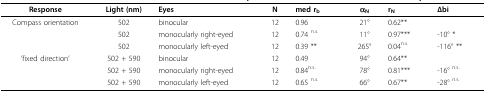
<table><thead><tr><td><b>Response</b></td><td><b>Light (nm)</b></td><td><b>Eyes</b></td><td><b>N</b></td><td><b>med r<sub>b</sub></b></td><td><b>α<sub>N</sub></b></td><td><b>r<sub>N</sub></b></td><td><b>Δbi</b></td></tr></thead><tbody><tr><td>Compass orientation</td><td>502</td><td>binocular</td><td>12</td><td>0.96</td><td>21°</td><td>0.62**</td><td></td></tr><tr><td></td><td>502</td><td>monocularly right-eyed</td><td>12</td><td>0.74 <sup>n.s.</sup></td><td>11°</td><td>0.97***</td><td>-10° *</td></tr><tr><td></td><td>502</td><td>monocularly left-eyed</td><td>12</td><td>0.39 **</td><td>265°</td><td>0.04<sup>n.s.</sup></td><td>-116° **</td></tr><tr><td>&#x27;fixed direction&#x27;</td><td>502 + 590</td><td>binocular</td><td>12</td><td>0.49</td><td>94°</td><td>0.64**</td><td></td></tr><tr><td></td><td>502 + 590</td><td>monocularly right-eyed</td><td>12</td><td>0.84<sup>n.s.</sup></td><td>78°</td><td>0.81***</td><td>-16° <sup>n.s.</sup></td></tr><tr><td></td><td>502 + 590</td><td>monocularly left-eyed</td><td>12</td><td>0.65 <sup>n.s.</sup></td><td>66°</td><td>0.67**</td><td>-28° <sup>n.s.</sup></td></tr></tbody></table>